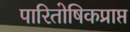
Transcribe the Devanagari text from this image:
पारितोषिकप्राप्त